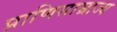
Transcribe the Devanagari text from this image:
प्राणिसाम्राज्य